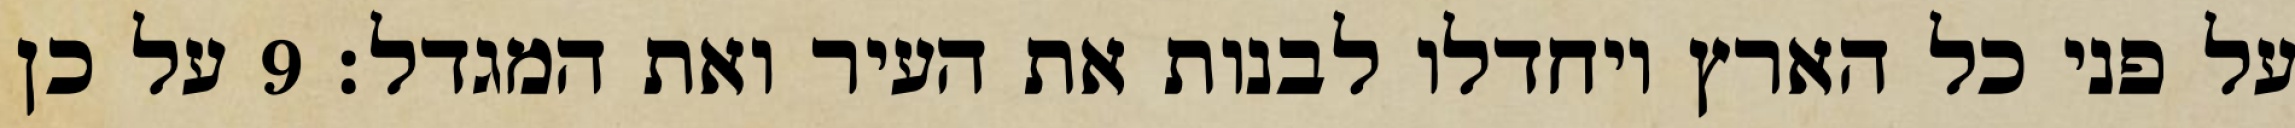
על פני כל הארץ ויחדלו לבנות את העיר ואת המגדל׃ ‎9‏ על כן